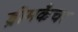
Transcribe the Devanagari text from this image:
ड्रीमकैचर